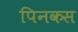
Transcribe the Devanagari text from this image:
पिनकस